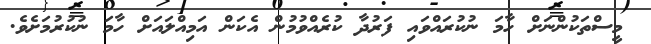
މީސްތަކުންނަށް ހާމަ ނުކުރައްވައި ފަރުދާ ކުރެއްވުމުން އެކަން އަމިއްލައަށް ހާމަ ނުކުރުމަށެވެ.